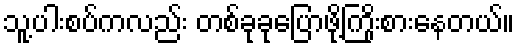
သူ့ပါးစပ်ကလည်း တစ်ခုခုပြောဖို့ကြိုးစားနေတယ်။